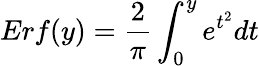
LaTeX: Erf(y)=\frac{2}{\pi}\int_{0}^{y}e^{t^{2}}dt